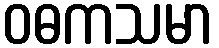
ဝဓကသမာ